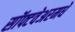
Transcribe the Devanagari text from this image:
सॉफ्टवेअरमधे